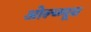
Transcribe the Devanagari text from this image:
ओल्य्म्पूस